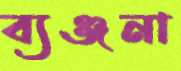
ব্যঞ্জনা